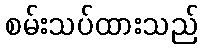
စမ်းသပ်ထားသည်